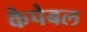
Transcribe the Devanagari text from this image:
कैपेबल